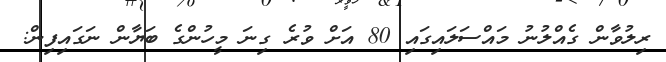
ރިލުވާން ގެއްލުނު މައްސަލައިގައި 80 އަށް ވުރެ ގިނަ މީހުންގެ ބަޔާން ނަގައިފިން: